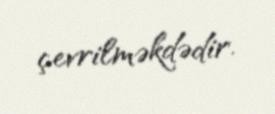
çevrilməkdədir.